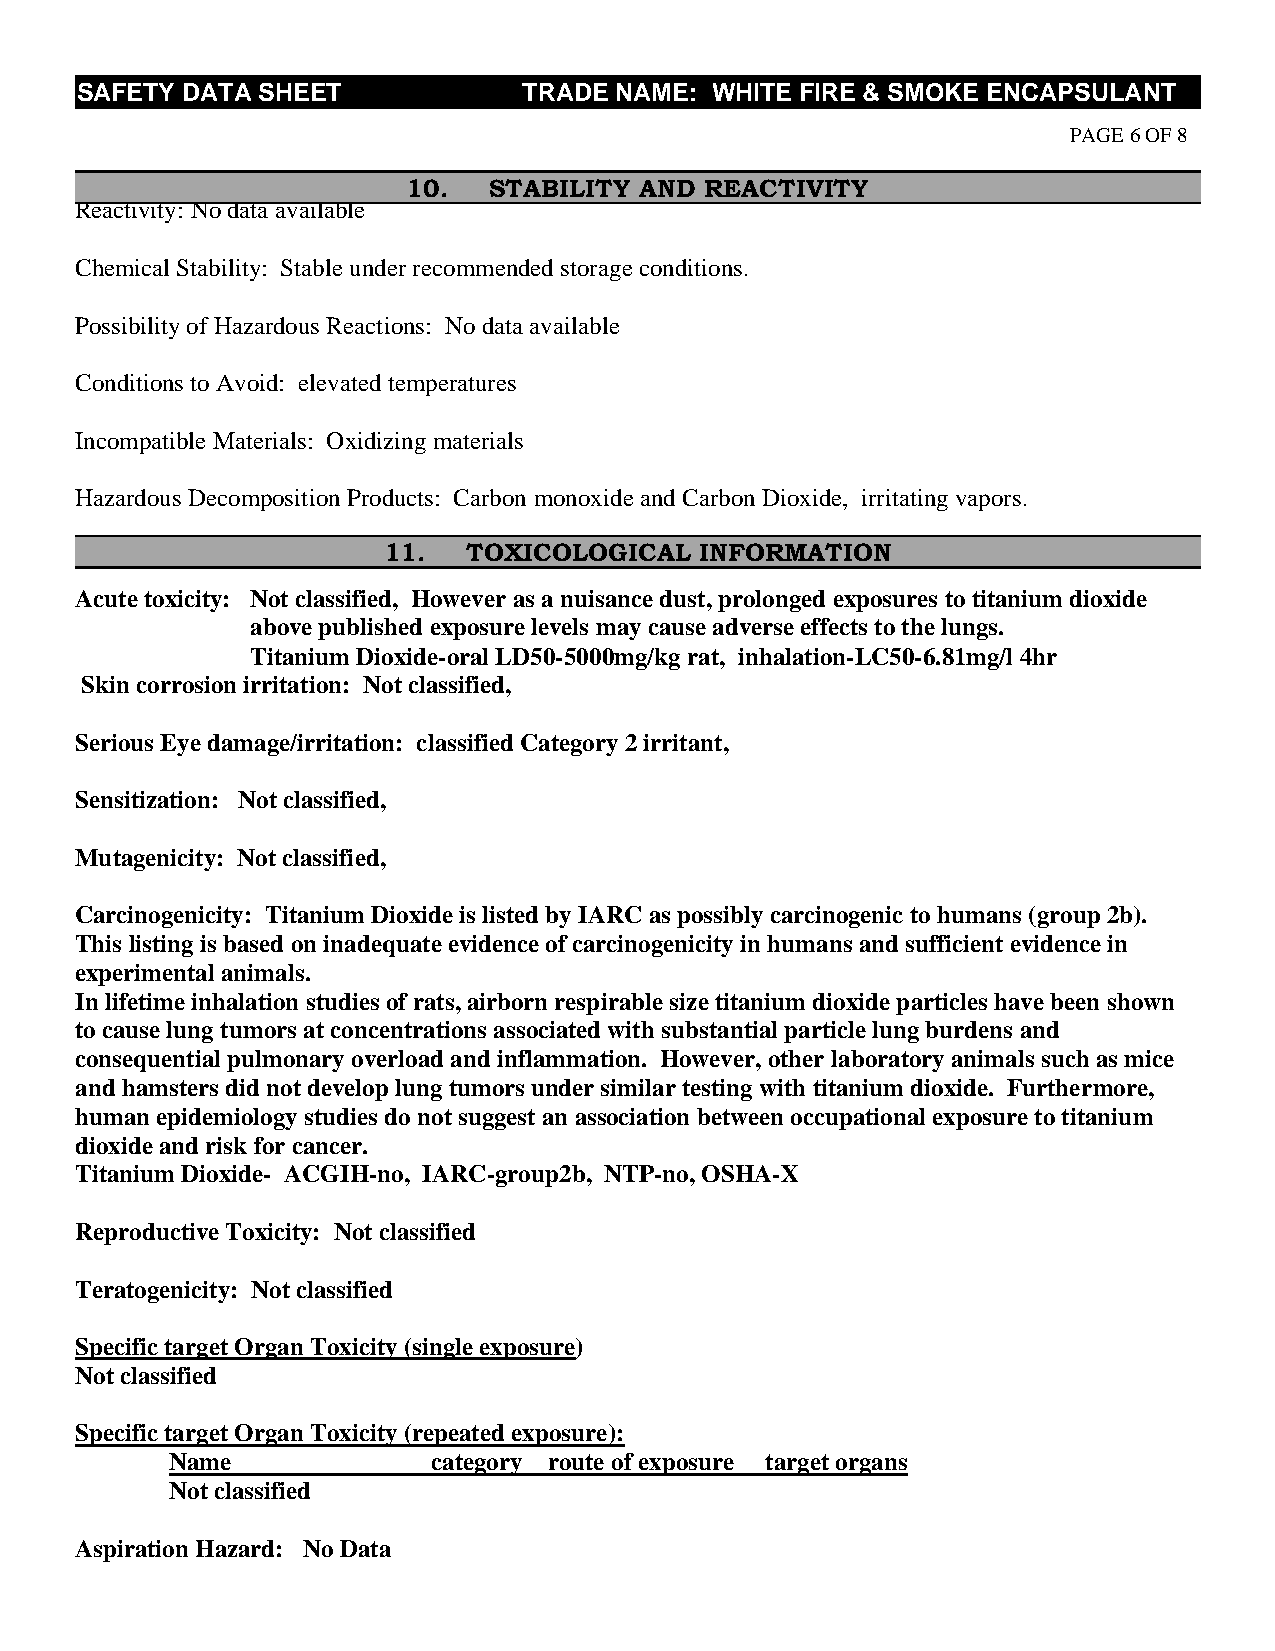
CS AFETY DATA SHEET           TRADE NAME: WHITE FIRE & SMOKE ENCAPSULANT
 PAGE 6 OF 8
 C                     10.  STABILITY AND  REACTIVITY
 Reactivity: No data available
 Chemical Stability: Stable under recommended storage conditions.
 Possibility of Hazardous Reactions: No data available
 Conditions to Avoid: elevated temperatures
 Incompatible Materials: Oxidizing materials
 Hazardous Decomposition Products: Carbon monoxide and Carbon Dioxide, irritating vapors.
 C                   11.   TOXICOLOGICAL  INFORMATION
 Acute toxicity: Not classified, However as a nuisance dust, prolonged exposures to titanium dioxide
 above published exposure levels may cause adverse effects to the lungs.
 Titanium Dioxide-oral LD50-5000mg/kg rat, inhalation-LC50-6.81mg/l 4hr
 Skin corrosion irritation: Not classified,
 Serious Eye damage/irritation: classified Category 2 irritant,
 Sensitization: Not classified,
 Mutagenicity: Not classified,
 Carcinogenicity: Titanium Dioxide is listed by IARC as possibly carcinogenic to humans (group 2b).
 This listing is based on inadequate evidence of carcinogenicity in humans and sufficient evidence in
 experimental animals.
 In lifetime inhalation studies of rats, airborn respirable size titanium dioxide particles have been shown
 to cause lung tumors at concentrations associated with substantial particle lung burdens and
 consequential pulmonary overload and inflammation. However, other laboratory animals such as mice
 and hamsters did not develop lung tumors under similar testing with titanium dioxide. Furthermore,
 human epidemiology studies do not suggest an association between occupational exposure to titanium
 dioxide and risk for cancer.
 Titanium Dioxide- ACGIH-no, IARC-group2b, NTP-no, OSHA-X
 Reproductive Toxicity: Not classified
 Teratogenicity: Not classified
 Specific target Organ Toxicity (single exposure)
 Not classified
 Specific target Organ Toxicity (repeated exposure):
 Name              category route of exposure target organs
 Not classified
 Aspiration Hazard: No Data